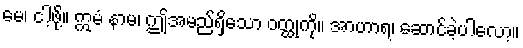
မေ၊ ငါ့ဖို့။ ဣမံ နာမ၊ ဤအမည်ရှိသော ဝတ္ထုကို။ အာဟာရ၊ ဆောင်ခဲ့ပါလော့။